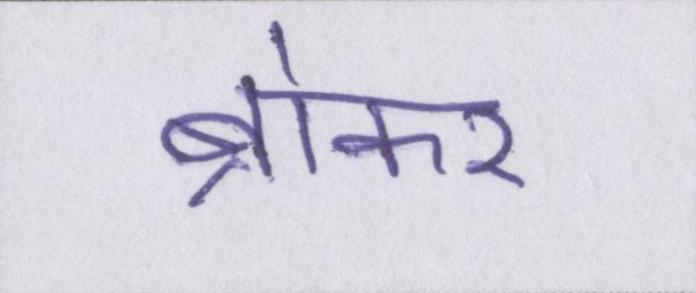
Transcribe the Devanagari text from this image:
ब्रोकर